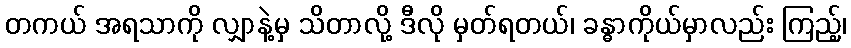
တကယ် အရသာကို လျှာနဲ့မှ သိတာလို့ ဒီလို မှတ်ရတယ်၊ ခန္ဓာကိုယ်မှာလည်း ကြည့်၊